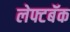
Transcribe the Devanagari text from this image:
लेफ्टबॅक